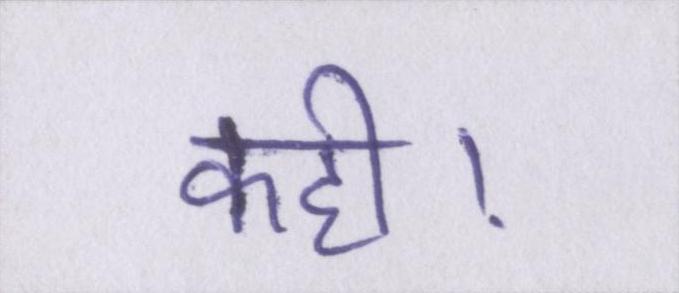
कही।